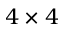
4 \times 4